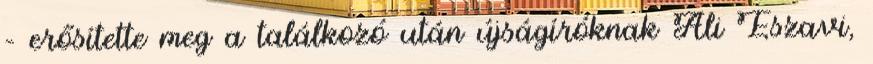
– erősítette meg a találkozó után újságíróknak Ali Eszavi,